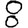
Digit: 8